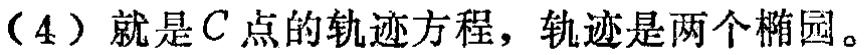
（4）就是\(C\)点的轨迹方程，轨迹是两个椭圆。